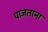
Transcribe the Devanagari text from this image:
पाजताना